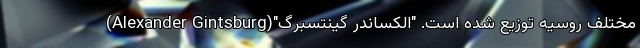
مختلف روسیه توزیع شده است. "الکساندر گینتسبرگ"(Alexander Gintsburg)